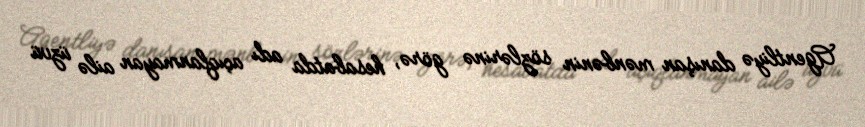
Agentliyə danışan mənbənin sözlərinə görə, hesabatda adı açıqlanmayan ailə üzvü